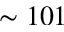
\sim 1 0 1